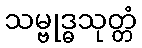
သမ္ဗုဒ္ဓသုတ္တံ